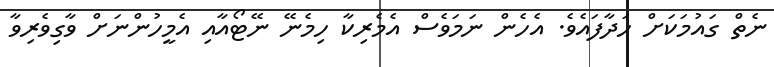
ނެތް ގައުމަކަށް ހަދާފައެވެ. އެހެން ނަމަވެސް އެމެރިކާ ހިމެނޭ ނޭޓޯއާއި އެމީހުންނަށް ވާގިވެރިވާ